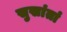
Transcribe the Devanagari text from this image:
सुखांतां